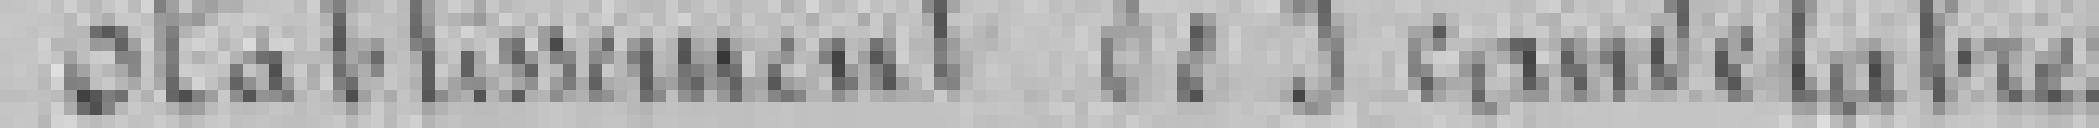
Etablissement de 3 candélabres